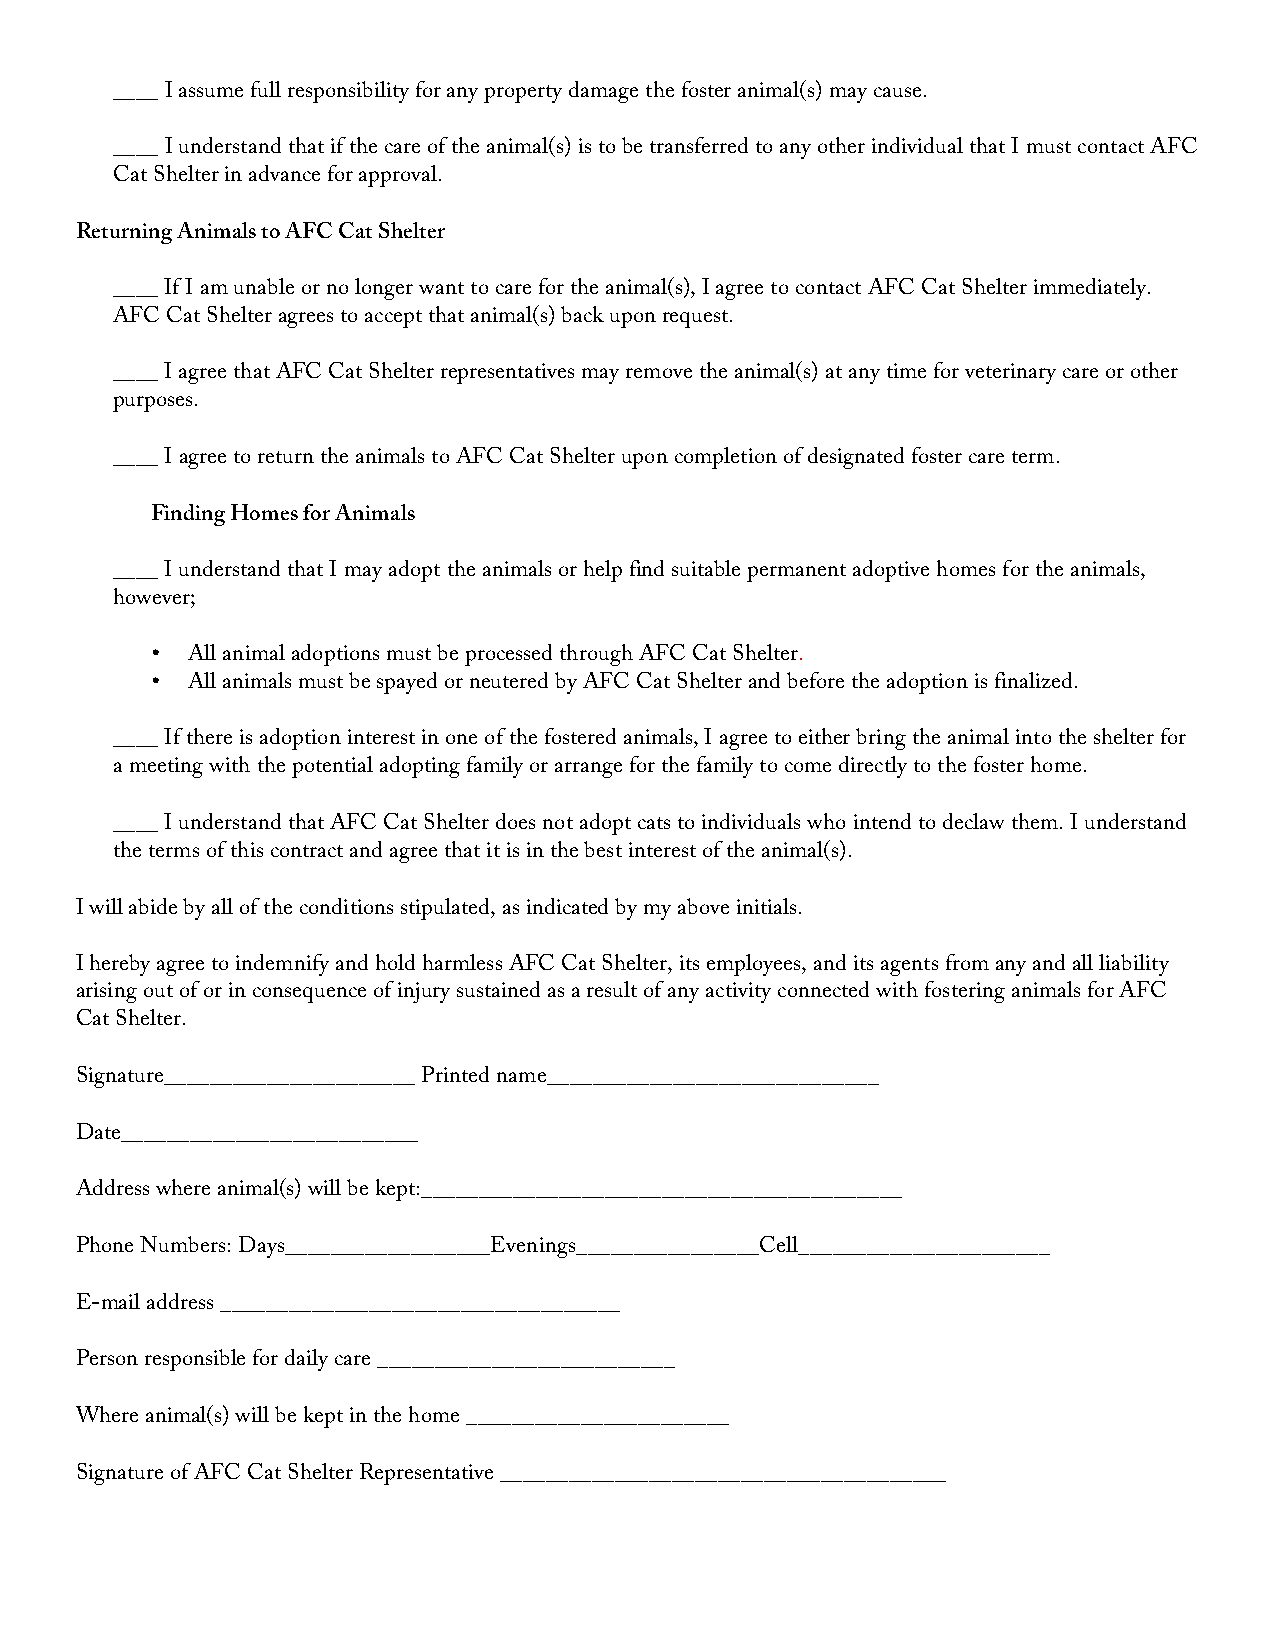
____ I assume full responsibility for any property damage the foster animal(s) may cause.
 ____ I understand that if the care of the animal(s) is to be transferred to any other individual that I must contact AFC
 Cat Shelter in advance for approval.
 Returning Animals to AFC Cat Shelter
 ____ If I am unable or no longer want to care for the animal(s), I agree to contact AFC Cat Shelter immediately.
 AFC Cat Shelter agrees to accept that animal(s) back upon request.
 ____ I agree that AFC Cat Shelter representatives may remove the animal(s) at any time for veterinary care or other
 purposes.
 ____ I agree to return the animals to AFC Cat Shelter upon completion of designated foster care term.
 Finding Homes for Animals
 ____ I understand that I may adopt the animals or help find suitable permanent adoptive homes for the animals,
 however;
 • All animal adoptions must be processed through AFC Cat Shelter.
 • All animals must be spayed or neutered by AFC Cat Shelter and before the adoption is finalized.
 ____ If there is adoption interest in one of the fostered animals, I agree to either bring the animal into the shelter for
 a meeting with the potential adopting family or arrange for the family to come directly to the foster home.
 ____ I understand that AFC Cat Shelter does not adopt cats to individuals who intend to declaw them. I understand
 the terms of this contract and agree that it is in the best interest of the animal(s).
 I will abide by all of the conditions stipulated, as indicated by my above initials.
 I hereby agree to indemnify and hold harmless AFC Cat Shelter, its employees, and its agents from any and all liability
 arising out of or in consequence of injury sustained as a result of any activity connected with fostering animals for AFC
 Cat Shelter.
 Signature______________________ Printed name_____________________________
 Date__________________________
 Address where animal(s) will be kept:__________________________________________
 Phone Numbers: Days__________________Evenings________________Cell______________________
 E-mail address ___________________________________
 Person responsible for daily care __________________________
 Where animal(s) will be kept in the home _______________________
 Signature of AFC Cat Shelter Representative _______________________________________